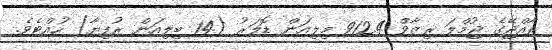
ރާއްޖޭގެ ޖުމްލަ ރިޒާވް 912.4 މިލިއަން ޑޮލަރު (14 ބިލިއަން ރުފިޔާ) ހުއްޓެވެ.